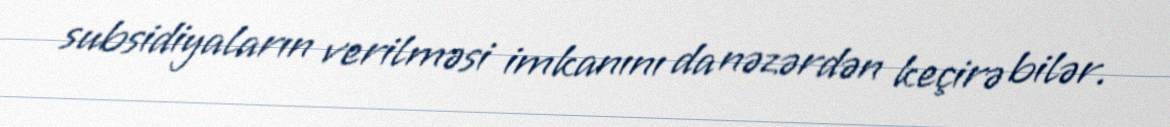
subsidiyaların verilməsi imkanını da nəzərdən keçirə bilər.